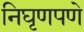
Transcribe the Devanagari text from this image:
निघृणपणे